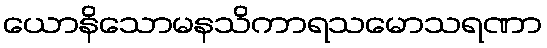
ယောနိသောမနသိကာရသမောသရဏာ